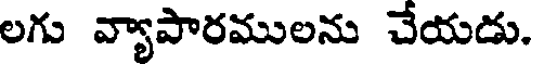
లగు వ్యాపారములను చేయడు.